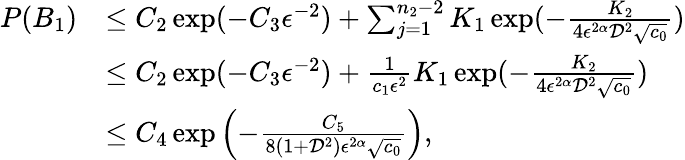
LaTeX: \begin{array}{rl}{P(B_{1})}&{\leq C_{2}\exp(-C_{3}\epsilon^{-2})+\sum_{j=1}^{n_{2}-2}K_{1}\exp(-\frac{K_{2}}{4\epsilon^{2\alpha}\mathcal{D}^{2}\sqrt{c_{0}}})}\\ &{\leq C_{2}\exp(-C_{3}\epsilon^{-2})+\frac{1}{c_{1}\epsilon^{2}}K_{1}\exp(-\frac{K_{2}}{4\epsilon^{2\alpha}\mathcal{D}^{2}\sqrt{c_{0}}})}\\ &{\leq C_{4}\exp\left(-\frac{C_{5}}{8(1+\mathcal{D}^{2})\epsilon^{2\alpha}\sqrt{c_{0}}}\right),}\end{array}